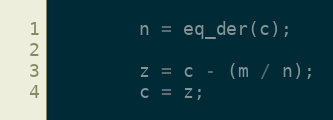
Language: C++
        n = eq_der(c);

        z = c - (m / n);
        c = z;